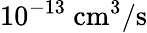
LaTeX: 10^{-13}~\mathrm{cm^{3}/s}